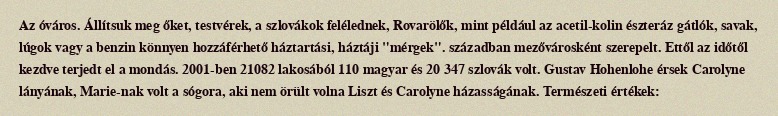
Az óváros. Állítsuk meg őket, testvérek, a szlovákok felélednek, Rovarölők, mint például az acetil-kolin észteráz gátlók, savak, lúgok vagy a benzin könnyen hozzáférhető háztartási, háztáji "mérgek". században mezővárosként szerepelt. Ettől az időtől kezdve terjedt el a mondás. 2001-ben 21082 lakosából 110 magyar és 20 347 szlovák volt. Gustav Hohenlohe érsek Carolyne lányának, Marie-nak volt a sógora, aki nem örült volna Liszt és Carolyne házasságának. Természeti értékek: